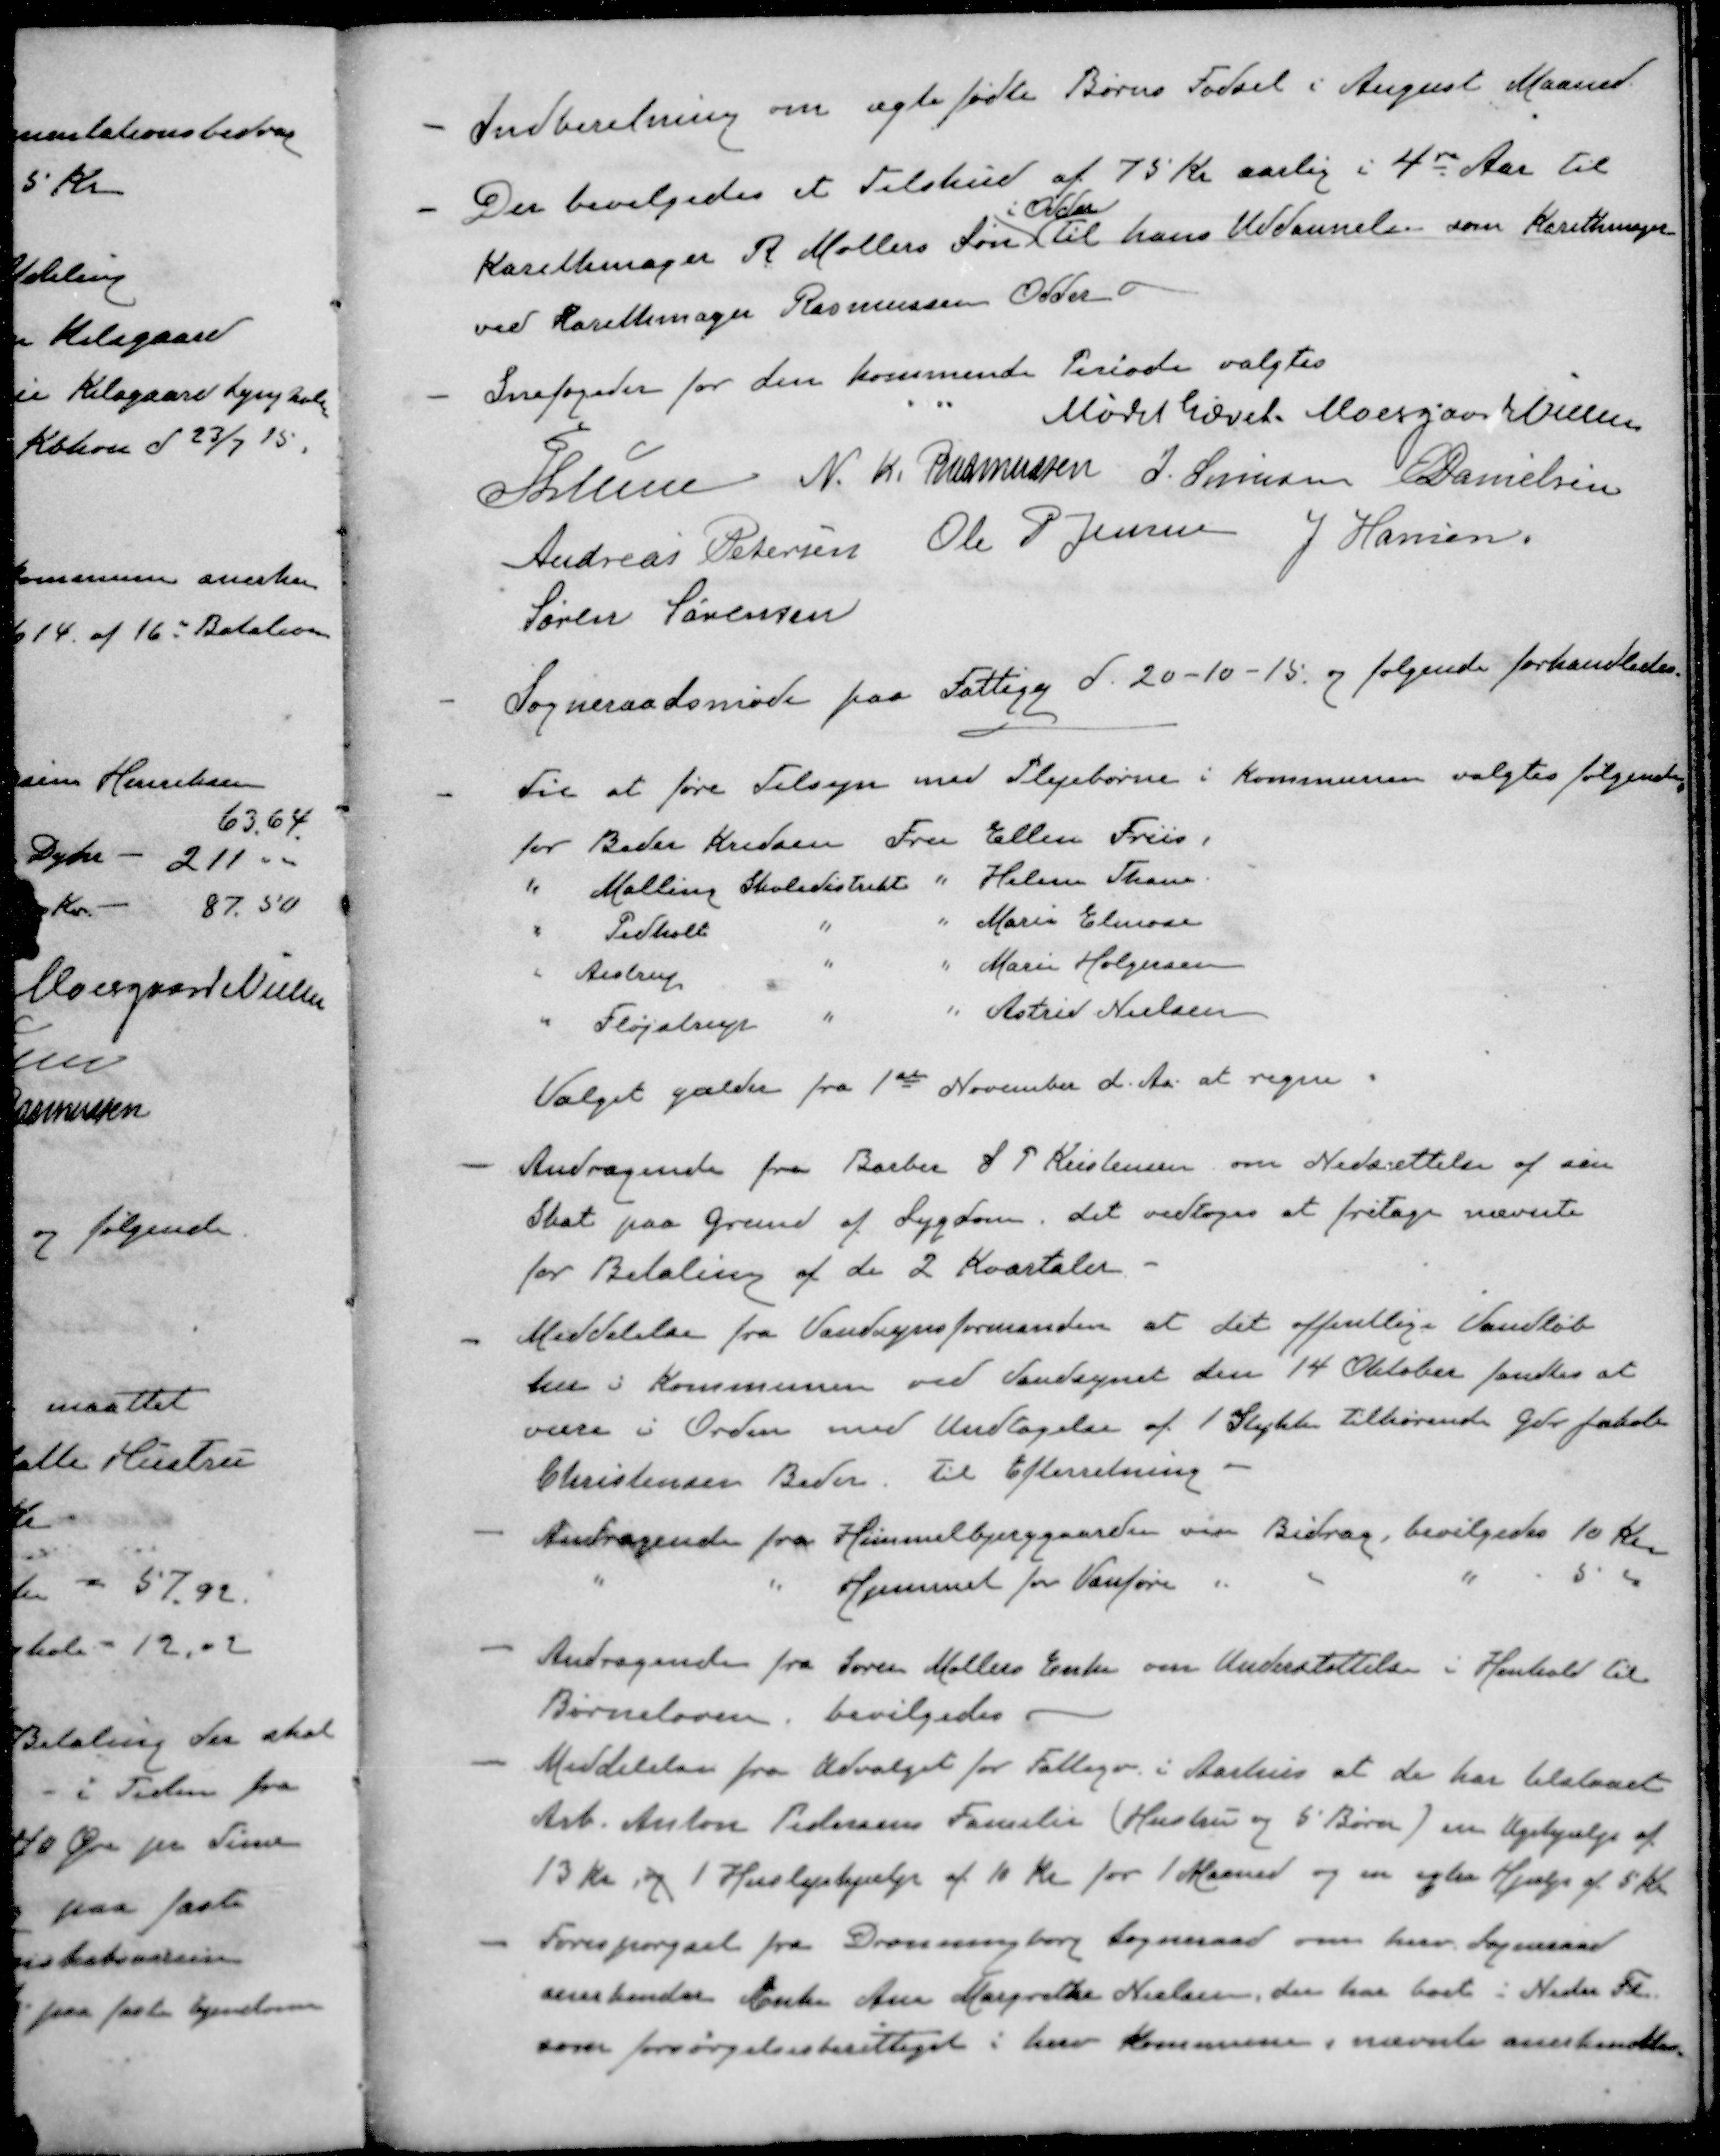
Transskription:
- 
Indberetning om ægtefødte Børns Fødsel i August Maaned
- 
Der bevilgedes et Tilskud af 75 Kr aarlig i 4de Aar til
i Odder
Karethmager R. Møllers Søn til hans Uddannelse som Karethmager
ved Karethmager Rasmussen Odder
- 
Snefogeder for den kommende Periode valgtes
Mødet hævet
Moesgaard Nielsen
P Lunn
N. K. Rasmussen
J. Sørensen
E Danielsen
Andreas Petersen
Ole P Jensen
J Hansen
Søren Sørensen
-
Sogneraadsmøde paa Fattigg d. 20-10-15 og følgende forhandledes.
- 
Til at føre Tilsyn med Plejebørn i Kommunen valgtes følgende
for Beder Kredsen Fru Ellen Friis
"
Malling Skoledistrikt " Helene Thom
"
Pedhold
"
"
Marie Elmose
"
Aistrup
"
"
Marie Holgersen
"
Fløjstrup
"
"
Astrid Nielsen
Valget gælder fra 1ste November d. Aa at regne.
- 
Andragende fra Barber S P Kristensen om Nedsættelse af sin
Skat paa Grund af Sygdom, det vedtoges at fritage nævnte
for Betaling af de 2 Kvartaler.
- 
Meddelelse fra Vandsynsformanden at det offentlige Vandløb
her i Kommunen ved Vandsynet den 14 Oktober fandtes at
være i Orden med Undtagelse af 1 Stykke tilhørende Gdr. Jakob
Christensen Beder. Til Efterretning.
- 
Andragende fra Himmelbjerggaarden om Bidrag, bevilgedes 10 Kr
"
"
Hjemmet for Vanføre i
"
"
"
5 "
- 
Andragende fra Søren Møllers Enke om Understøttelse i Henhold til
Børneloven, bevilgedes.
-
Meddelelse fra Udvalget for Fattigv. i Aarhus at de har tilstaaet
Arb. Anton Pedersens Familie (Hustru og 5 Børn) en Ugehjælp af
13 kr og 1 Huslejehjælp af 10 Kr for 1 Maaned og en egtra Hjælp af 5 kr
-
Forespørgsel fra Dronningborg Sogneraad om herv. Sogneraad
anerkender Enke Ane Margrethe Nielsen, der har boet i Neder Fl
som forsørgelsesberettiget i herv Kommune , nævnte anerkendtes